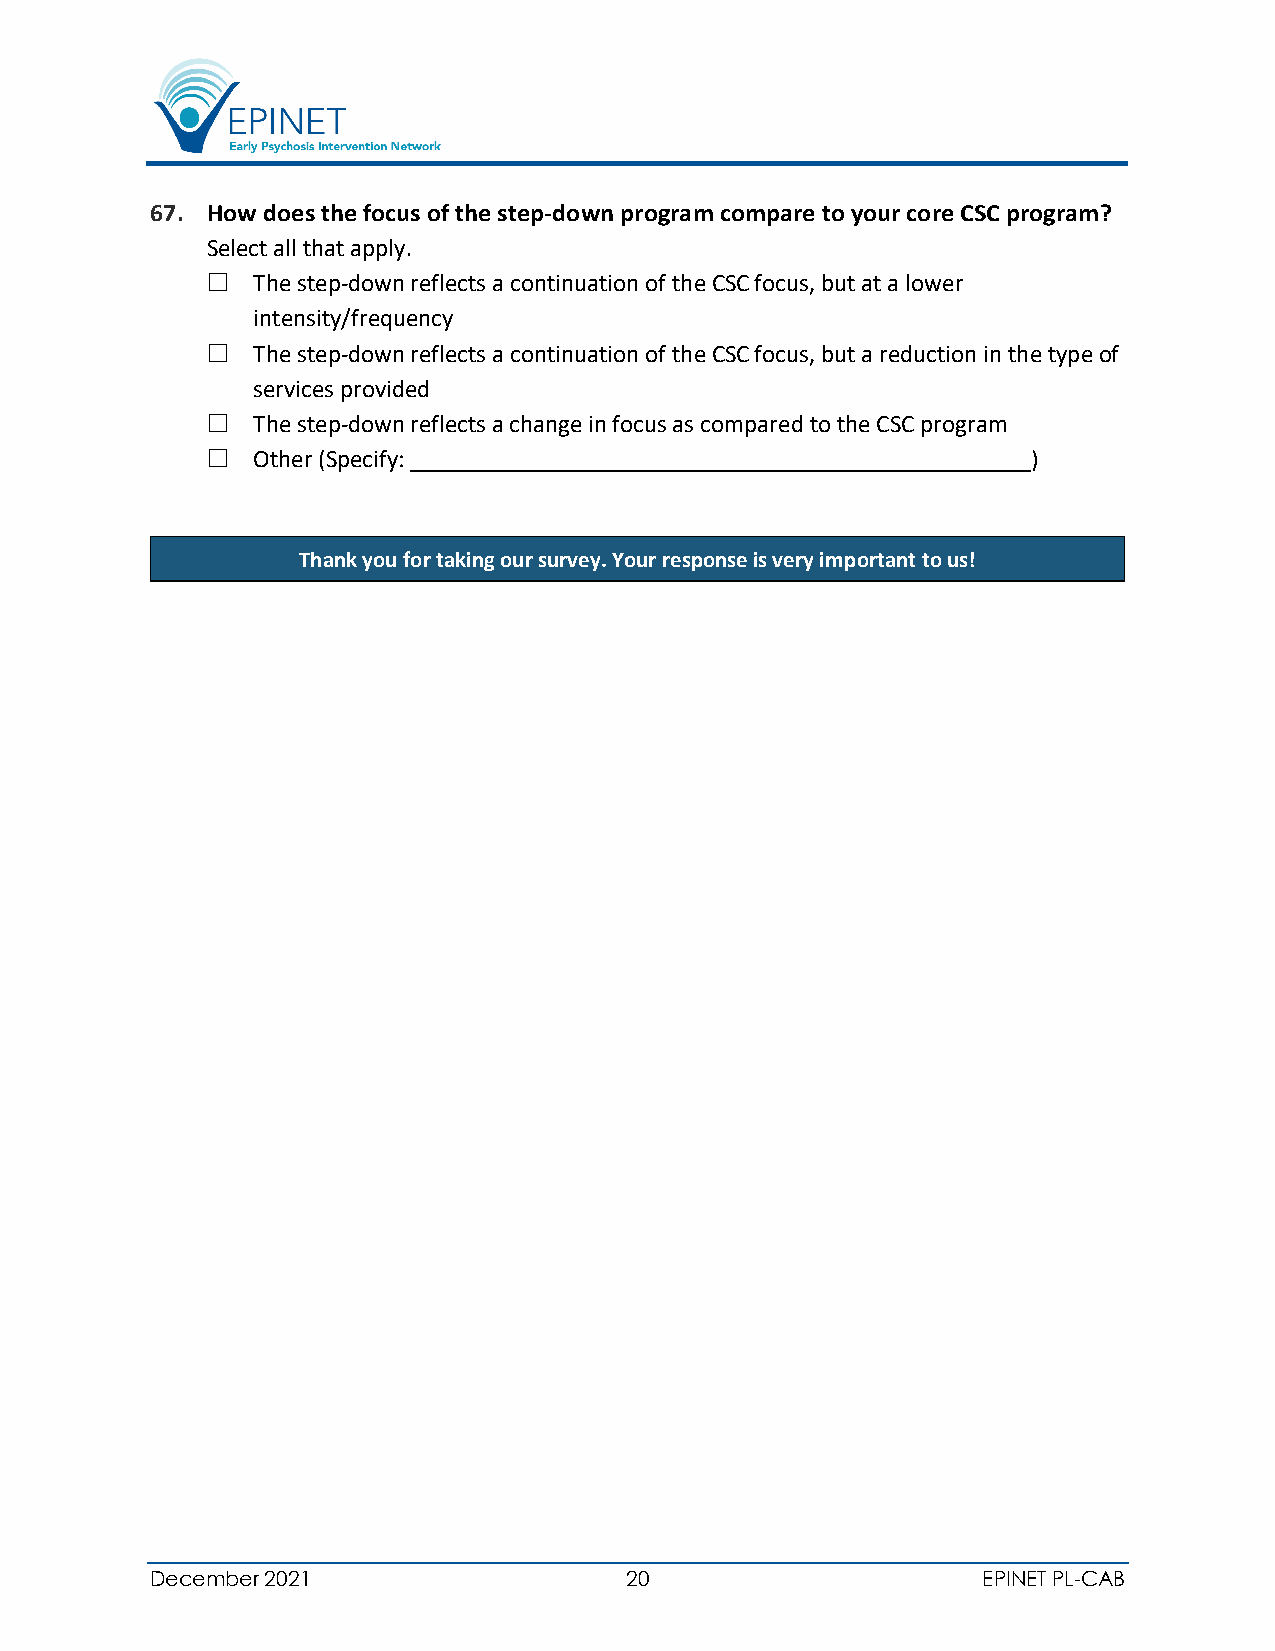
67. How does the focus of the step-down program compare to your core CSC program?
 Select all that apply.
   The step-down reflects a continuation of the CSC focus, but at a lower
 intensity/frequency
   The step-down reflects a continuation of the CSC focus, but a reduction in the type of
 services provided
   The step-down reflects a change in focus as compared to the CSC program
   Other (Specify:                                    )
 Thank you for taking our survey. Your response is very important to us!
 December 2021                  20                      EPINET PL-CAB